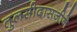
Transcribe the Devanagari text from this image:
तुलसीदासजीने